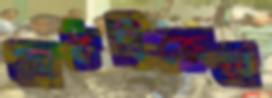
কাঠবিক্রেতা